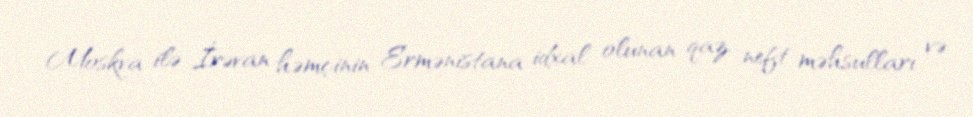
Moskva ilə İrəvan həmçinin Ermənistana idxal olunan qaz, neft məhsulları və